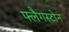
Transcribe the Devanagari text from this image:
फ्लैगस्टोन